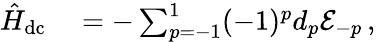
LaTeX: \begin{array}{rl}{\hat{H}_{\mathrm{dc}}}&{{}=-\sum_{p=-1}^{1}(-1)^{p}d_{p}\mathcal{E}_{-p}\, ,}\end{array}